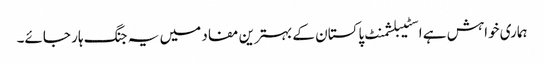
ہماری خواہش ہے اسٹیبلشمنٹ پاکستان کے بہترین مفاد میں یہ جنگ ہار جائے۔